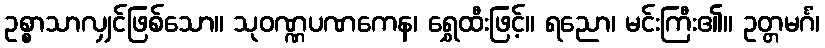
ဥစ္စာသာလျှင်ဖြစ်သော။ သုဝဏ္ဏပဏကေန၊ ရွှေထီးဖြင့်။ ရညော၊ မင်းကြီး၏။ ဥတ္တမင်္ဂံ၊